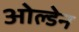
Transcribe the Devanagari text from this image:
ओल्डेन